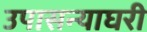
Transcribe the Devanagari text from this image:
उपासन्याघरी